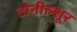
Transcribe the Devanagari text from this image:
टोनील्शूर